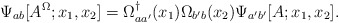
\begin{align*}\Psi_{ab} [A^\Omega;x_1,x_2]=\Omega ^{\dagger}_{aa'}(x_1)\Omega_{b'b}(x_2)\Psi_{a'b'} [A;x_1,x_2].\end{align*}